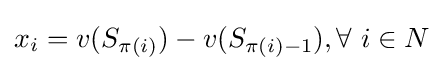
x_{i}=v(S_{\pi (i)})-v(S_{\pi (i)-1}),\forall ~i\in N